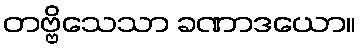
တဗ္ဗိသေသာ ခဏာဒယော။